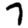
Digit: 7